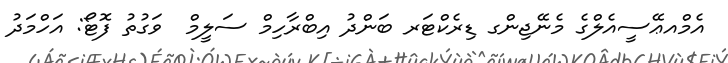
އެމްއޢޭސީއެލްގެ މެނޭޖިންގ ޑިރެކްޓަރ ބަންދު އިބްރާހިމް ސަލީމް  ވަގުތު ފޮޓޯ: އަހްމަދު